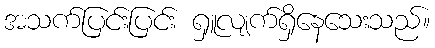
အသက်ပြင်းပြင်း ရှူလျက်ရှိနေသေးသည်။